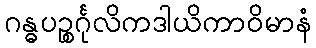
ဂန္ဓပဉ္စင်္ဂုလိကဒါယိကာဝိမာနံ